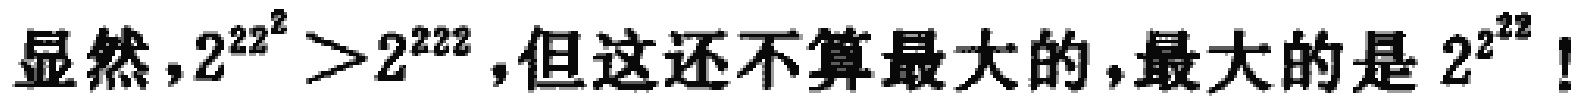
显然，$2^{22^{2}}>2^{222}$，但这还不算最大的，最大的是$2^{2^{22}}$！